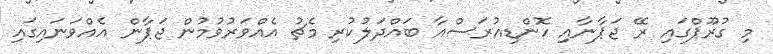
މި ގުރޫޕްގައި ރޭ ޖަޕާނާއި ހޮންޑިއުރަސްއާ ބައްދަލުކުރި މެޗު އެއްވަރުވުމުން ޖަޕާން އެއްވަނައިގައި